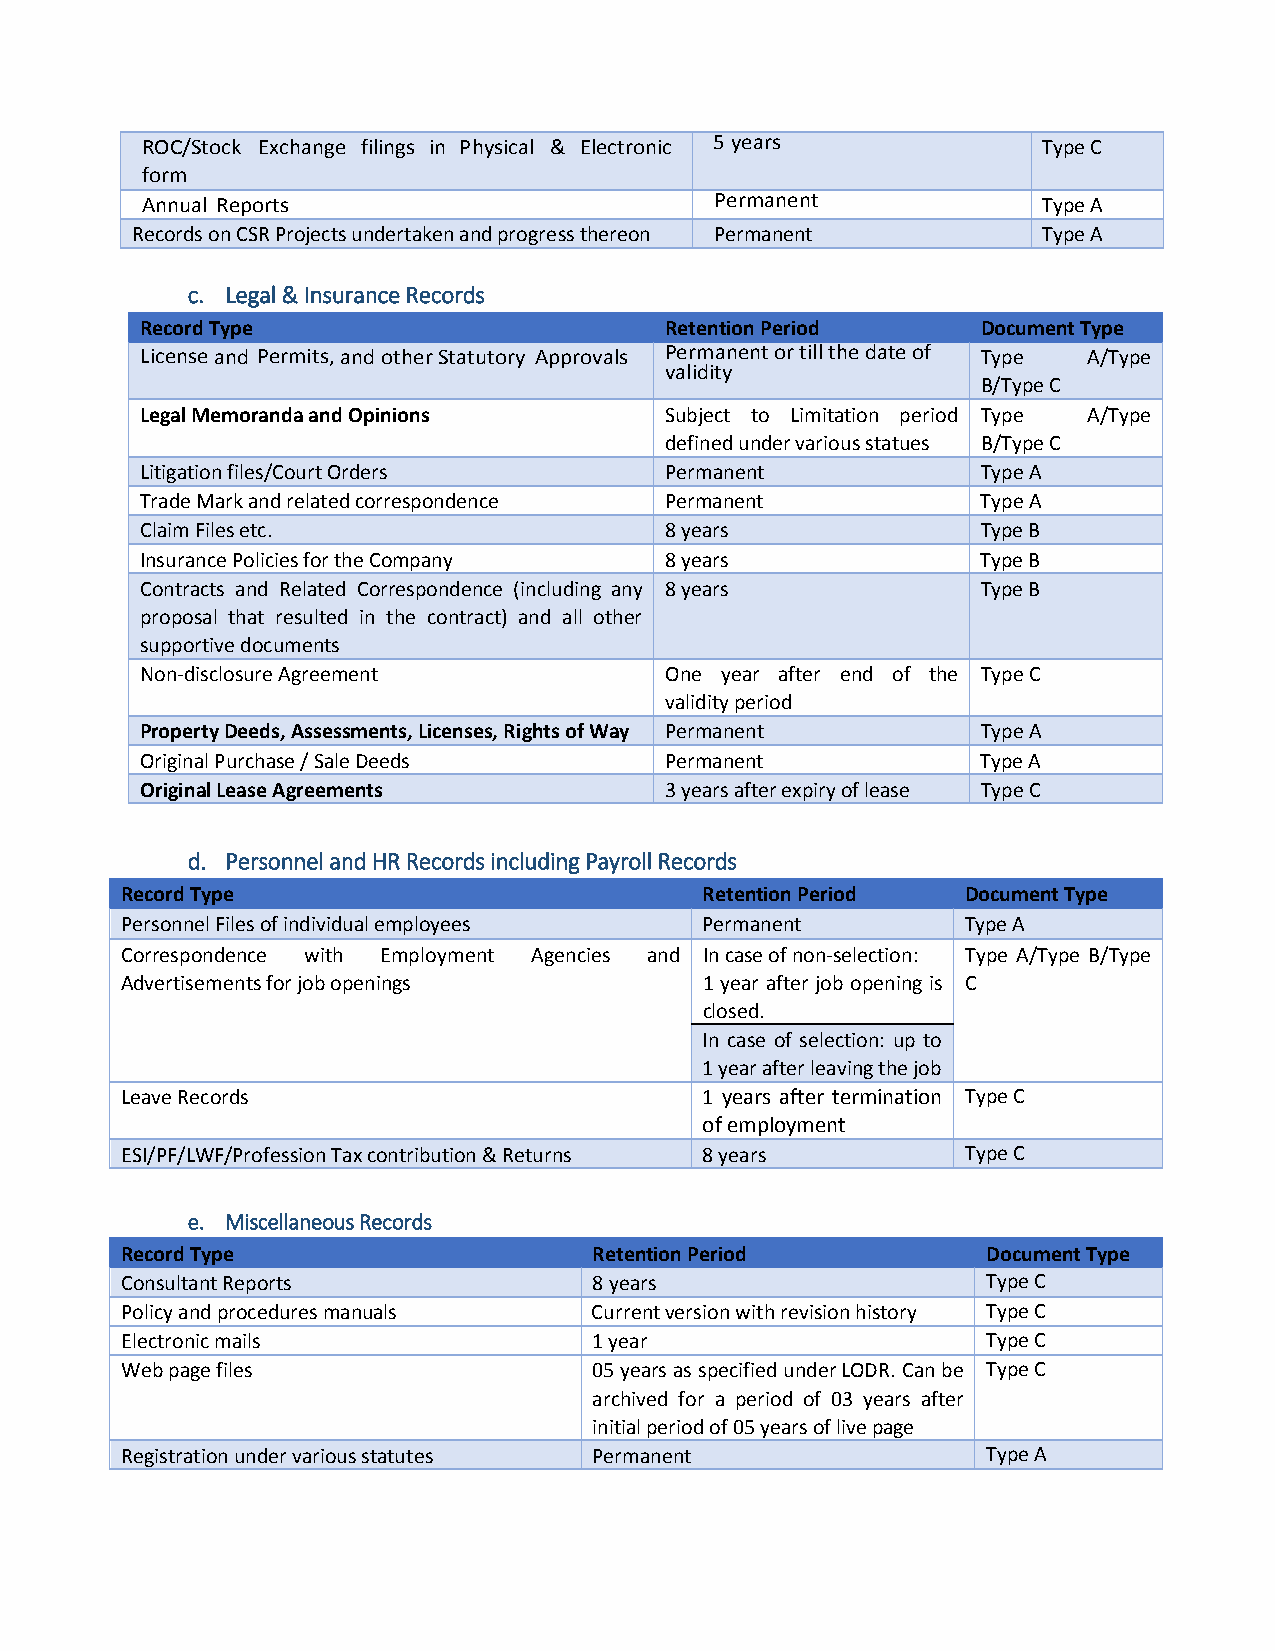
ROC/Stock Exchange filings in Physical & Electronic 5 years Type C
 form
 Annual Reports                        Permanent             Type A
 Records on CSR Projects undertaken and progress thereon Permanent Type A
 c. Legal & Insurance Records
 Record Type                        Retention Period     Document Type
 License and Permits, and other Statutory Approvals Permanent or till the date of Type A/Type
 validity
 B/Type C
 Legal Memoranda and Opinions       Subject to Limitation period Type A/Type
 defined under various statues B/Type C
 Litigation files/Court Orders      Permanent            Type A
 Trade Mark and related correspondence Permanent         Type A
 Claim Files etc.                   8 years              Type B
 Insurance Policies for the Company 8 years              Type B
 Contracts and Related Correspondence (including any 8 years Type B
 proposal that resulted in the contract) and all other
 supportive documents
 Non-disclosure Agreement           One year after end of the Type C
 validity period
 Property Deeds, Assessments, Licenses, Rights of Way Permanent Type A
 Original Purchase / Sale Deeds     Permanent            Type A
 Original Lease Agreements          3 years after expiry of lease Type C
 d. Personnel and HR Records including Payroll Records
 Record Type                            Retention Period Document Type
 Personnel Files of individual employees Permanent       Type A
 Correspondence with Employment Agencies and In case of non-selection: Type A/Type B/Type
 Advertisements for job openings        1 year after job opening is C
 closed.
 In case of selection: up to
 1 year after leaving the job
 Leave Records                          1 years after termination Type C
 of employment
 ESI/PF/LWF/Profession Tax contribution & Returns 8 years Type C
 e. Miscellaneous Records
 Record Type                    Retention Period          Document Type
 Consultant Reports             8 years                   Type C
 Policy and procedures manuals  Current version with revision history Type C
 Electronic mails               1 year                    Type C
 Web page files                 05 years as specified under LODR. Can be Type C
 archived for a period of 03 years after
 initial period of 05 years of live page
 Registration under various statutes Permanent            Type A